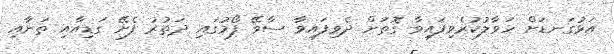
އަޅުގަނޑަށް ހަވާލުކުރެވިފައިވާ ގޮތަށް ދެވިފައިވާ ސާވޭ ފޯމުގައި ދަތުރު ފެށޭ ގަޑިއާއި ތަނާއި